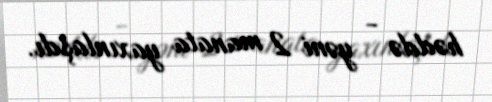
həddə - yəni 2 manata yaxınlaşdı.